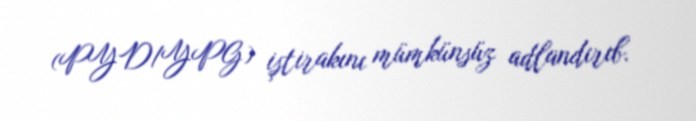
(PYD/YPG) iştirakını mümkünsüz adlandırıb.